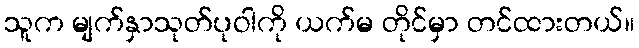
သူက မျက်နှာသုတ်ပုဝါကို ယက်မ တိုင်မှာ တင်ထားတယ်။